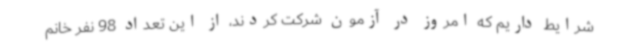
شرایط داریم که امروز در آزمون شرکت کردند، از این تعداد 98 نفر خانم